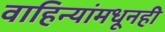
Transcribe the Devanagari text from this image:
वाहिन्यांमधूनही